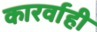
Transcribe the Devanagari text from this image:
कारर्वाही